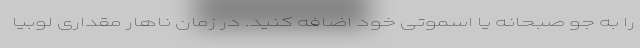
را به جو صبحانه یا اسموتی خود اضافه کنید. در زمان ناهار مقداری لوبیا